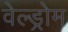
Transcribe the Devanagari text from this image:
वेल्ड्रोम